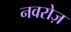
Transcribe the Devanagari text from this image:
नवरोज़